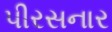
પીરસનાર